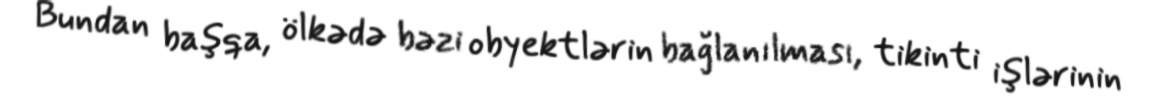
Bundan başqa, ölkədə bəzi obyektlərin bağlanılması, tikinti işlərinin